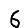
Digit: 6